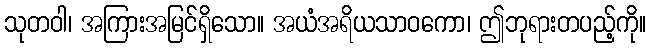
သုတဝါ၊ အကြားအမြင်ရှိသော။ အယံအရိယသာဝကော၊ ဤဘုရားတပည့်ကို။